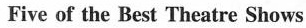
Five of the Best Theatre Shows